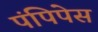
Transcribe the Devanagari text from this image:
पंपिपेस